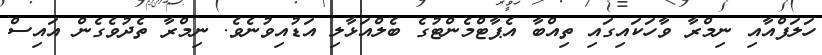
ހަލަފްއާއި ނިމްރާ ވާހަކައިގައި ތިއްބާ އެޕާޓްމެންޓުގެ ބެލްއަޅާލި އަޑުއިވުނެވެ. ނިމްރާ ތެދުވެގެން އައިސް